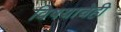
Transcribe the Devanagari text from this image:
विषयाचेही